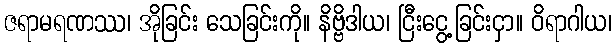
ဇရာမရဏဿ၊ အိုခြင်း သေခြင်းကို။ နိဗ္ဗိဒါယ၊ ငြီးငွေ့ခြင်းငှာ။ ဝိရာဂါယ၊